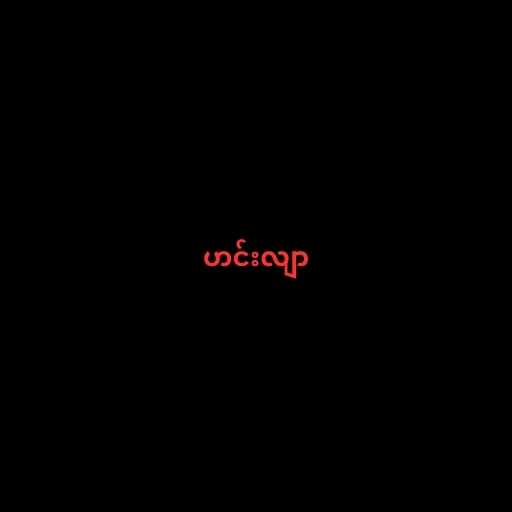
ဟင်းလျာ